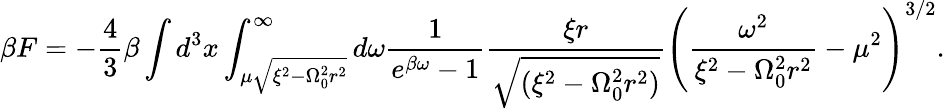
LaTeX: \beta F=-\frac{4}{3}\beta\int d^{3}x\int_{\mu\sqrt{\xi^{2}-\Omega_{0}^{2}r^{2}}}^{\infty}d\omega\frac{1}{e^{\beta\omega}-1}\frac{\xi r}{\sqrt{(\xi^{2}-\Omega_{0}^{2}r^{2})}}\left(\frac{\omega^{2}}{\xi^{2}-\Omega_{0}^{2}r^{2}}-\mu^{2}\right)^{3/2}.